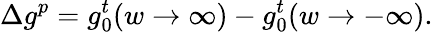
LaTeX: \Delta g^{p}=g_{0}^{t}(w\rightarrow\infty)-g_{0}^{t}(w\rightarrow-\infty).